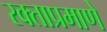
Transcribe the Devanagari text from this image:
रक्ताप्रमाणे